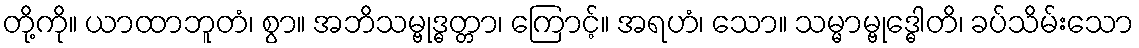
တို့ကို။ ယာထာဘူတံ၊ စွာ။ အဘိသမ္ဗုဒ္ဓတ္တာ၊ ကြောင့်။ အရဟံ၊ သော။ သမ္မာမ္ဗုဒ္ဓေါတိ၊ ခပ်သိမ်းသော